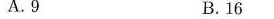
A.9 B.16 C.18 D.25